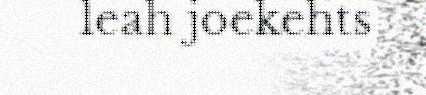
leah joekehts